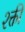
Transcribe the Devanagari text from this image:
श्क्ती